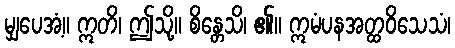
မျှပေအံ့။ ဣတိ၊ ဤသို့။ စိန္တေသိ၊ ၏။ ဣမံပနအတ္ထဝိသေသံ၊